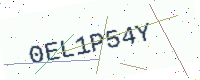
Text: 0EL1P54Y